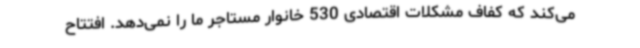
می‌کند که کفاف مشکلات اقتصادی 530 خانوار مستاجر ما را نمی‌دهد. افتتاح